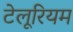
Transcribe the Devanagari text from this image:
टेलूरियम